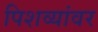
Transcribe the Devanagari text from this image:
पिशव्यांवर